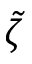
\Tilde { \zeta }